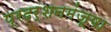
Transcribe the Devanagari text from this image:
प्रदर्शनमंजूषा